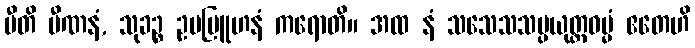
ပီတိ ပီဏနံ, သုခဉ္စ ဥပဗြူဟနံ ကရောတိ။ အထ နံ သသေသသမ္ပယုတ္တဓမ္မံ ဧတေဟိ